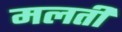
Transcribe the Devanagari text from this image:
मलती